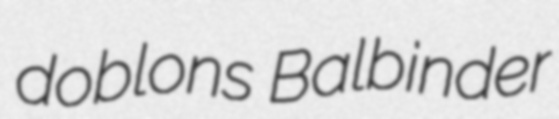
doblons Balbinder